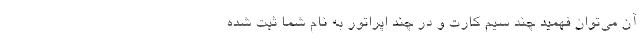
آن می‌توان فهمید چند سیم کارت و در چند اپراتور به نام شما ثبت شده